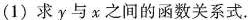
(1)求y与x之间的函数关系式。